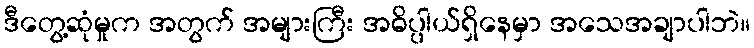
ဒီတွေ့ဆုံမှုက အတွက် အများကြီး အဓိပ္ပါယ်ရှိနေမှာ အသေအချာပါဘဲ။